65_HS1-834228961_62-HQ-83894_Section_10
Agency: FBI
Page 25
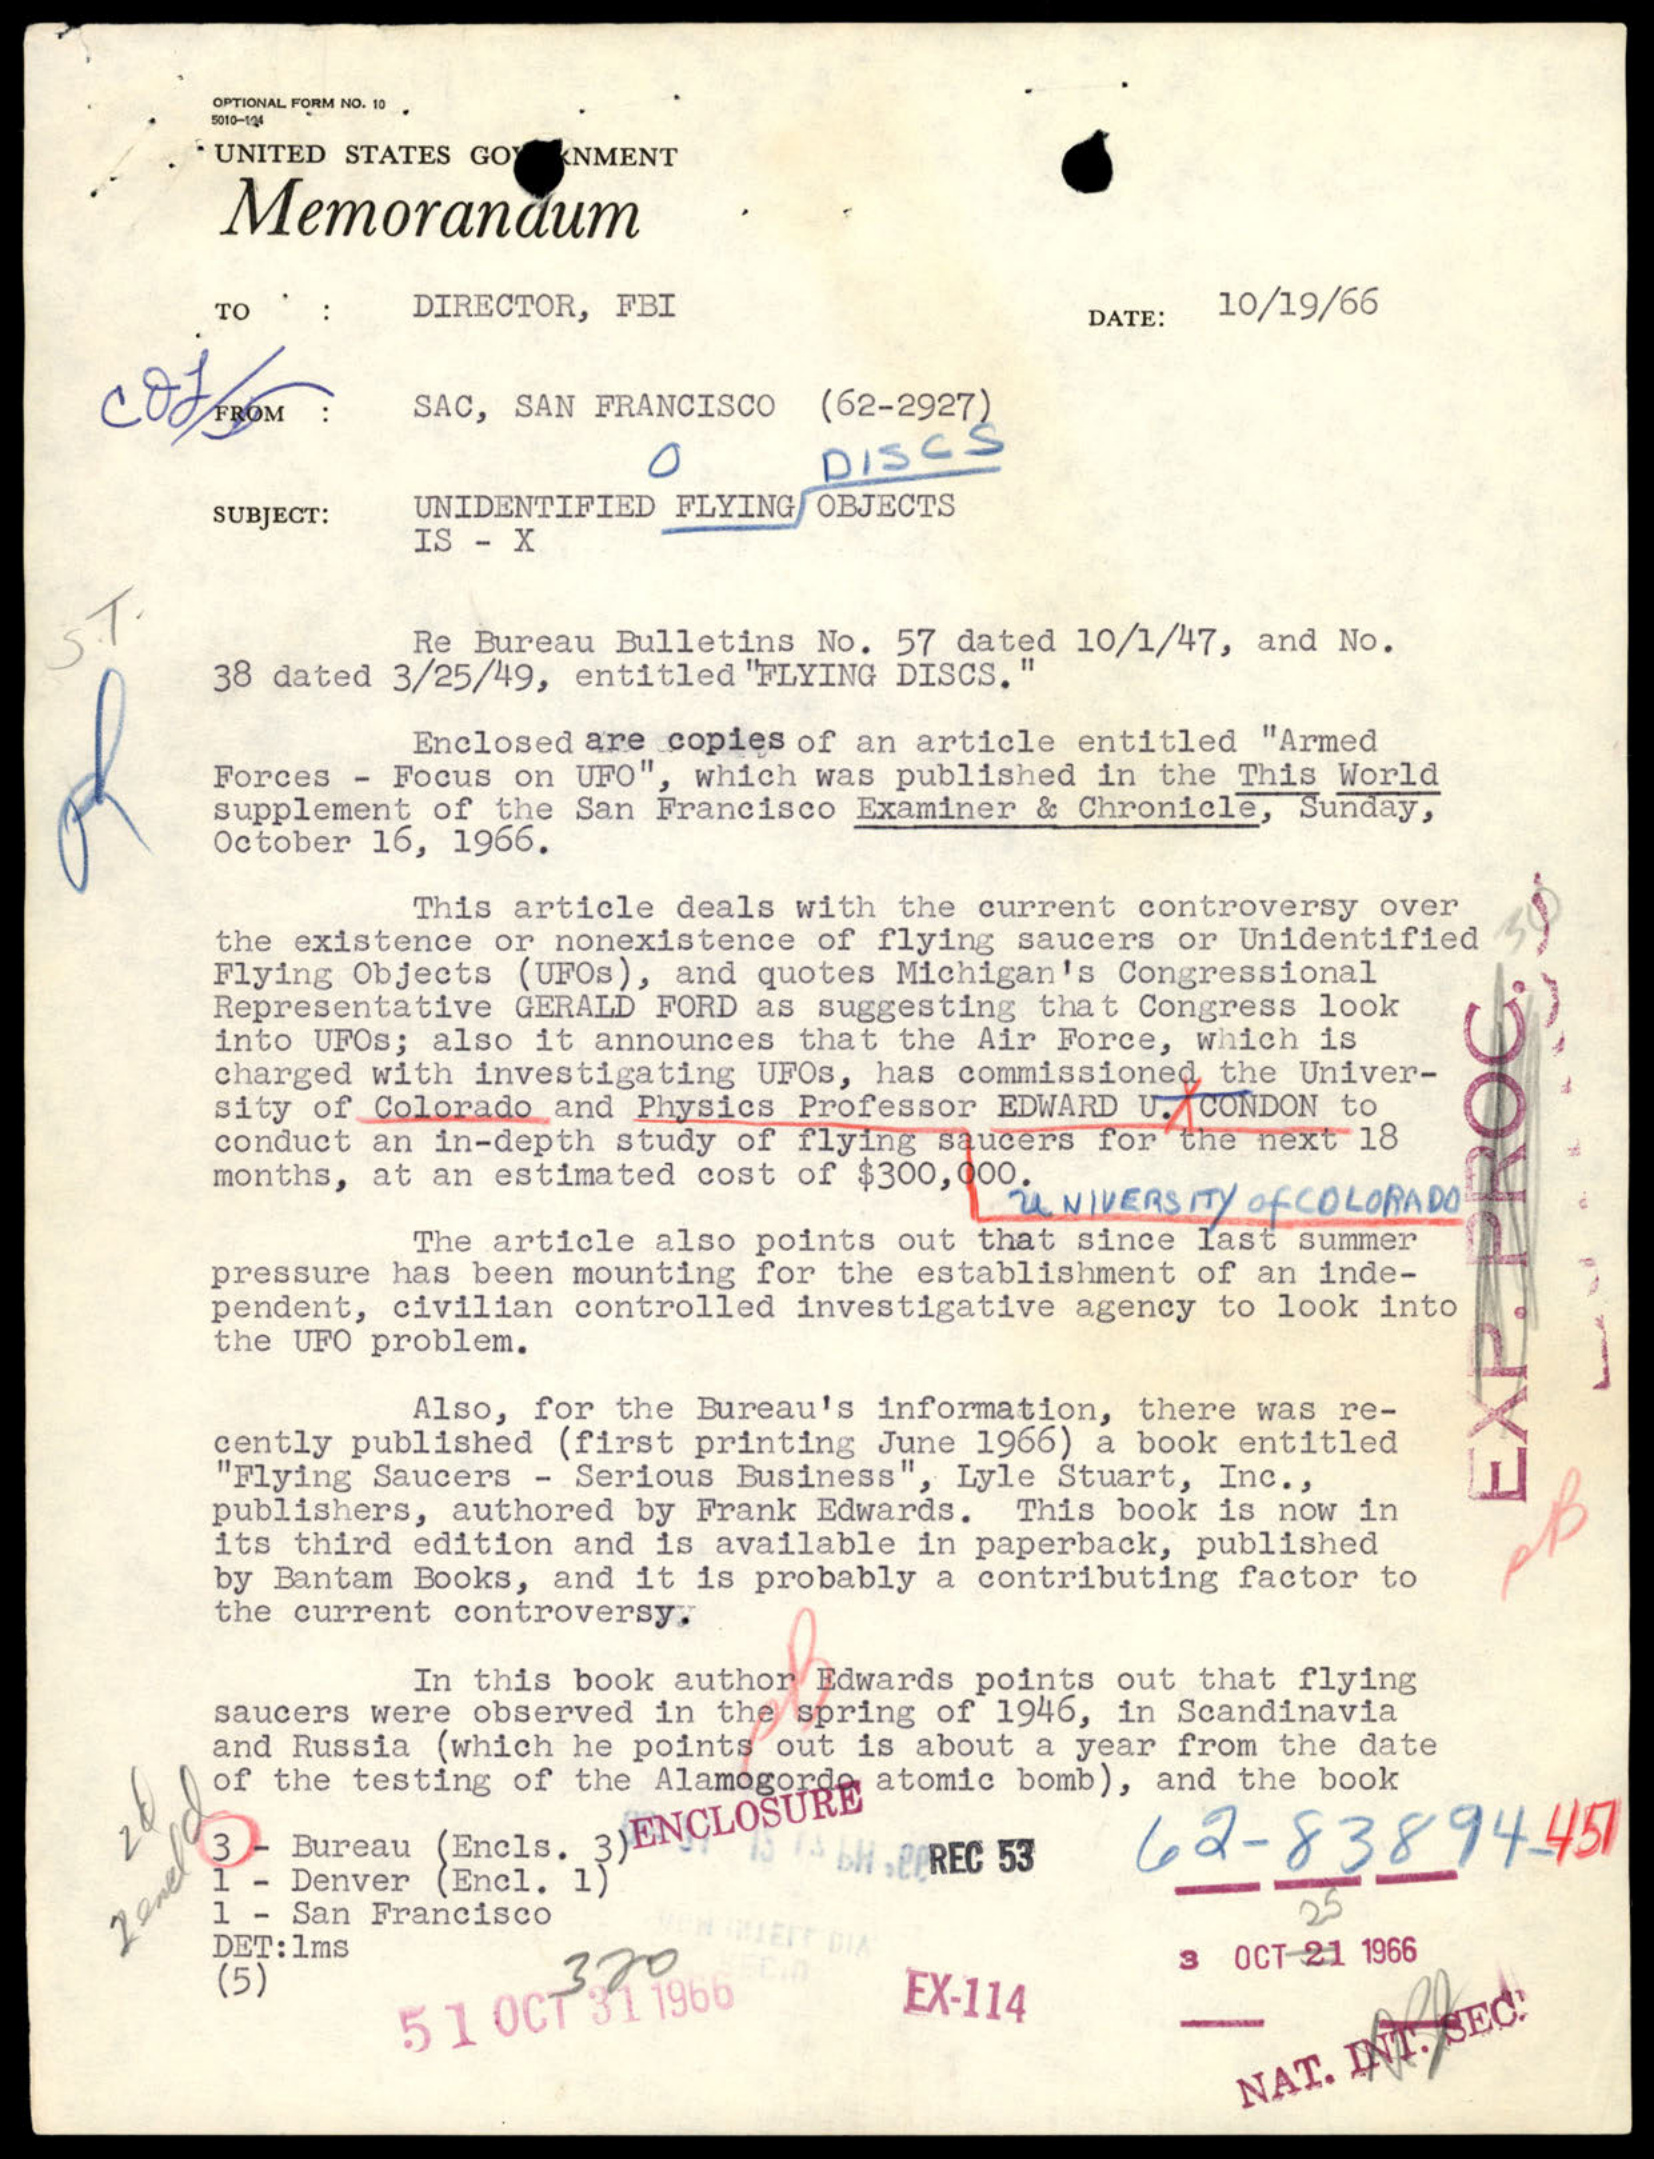